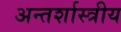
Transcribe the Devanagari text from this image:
अन्तर्शास्त्रीय